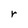
Character: r